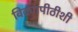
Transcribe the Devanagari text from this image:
विद्यापीठीशी